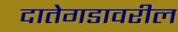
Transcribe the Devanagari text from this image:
दातेगडावरील